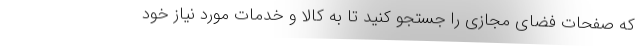
که صفحات فضای مجازی را جستجو کنید تا به کالا و خدمات مورد نیاز خود